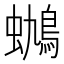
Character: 𰳟